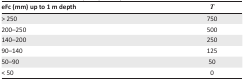
| eFc (mm) up to 1 m depth | T |
 | --- | --- |
 | > 250 | 750 |
 | 200–250 | 500 |
 | 140–200 | 250 |
 | 90–140 | 125 |
 | 50–90 | 50 |
 | < 50 | 0 |